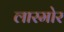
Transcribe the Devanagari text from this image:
लारमोर